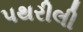
પથરીલી